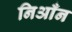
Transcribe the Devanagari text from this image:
निआँन